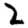
Digit: 2